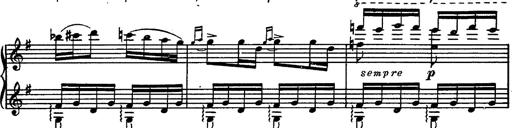
Title: Magyar rapszÃ³diÃ¡k
Composer: Franz Liszt